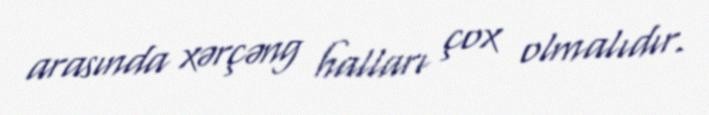
arasında xərçəng halları çox olmalıdır.